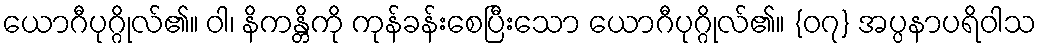
ယောဂီပုဂ္ဂိုလ်၏။ ဝါ၊ နိကန္တိကို ကုန်ခန်းစေပြီးသော ယောဂီပုဂ္ဂိုလ်၏။ {၀၇} အပ္ပနာပရိဝါသ